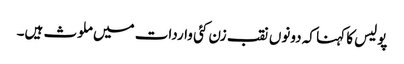
پولیس کا کہنا کہ دونوں نقب زن کئی واردات میں ملوث ہیں۔